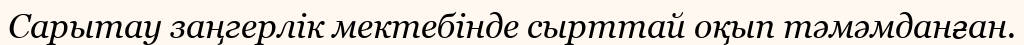
Сарытау заңгерлік мектебінде сырттай оқып тәмәмданған.